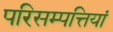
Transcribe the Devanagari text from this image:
परिसम्पत्तियां